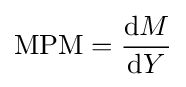
\mathrm {MPM} ={\frac {{\text{d}}M}{{\text{d}}Y}}